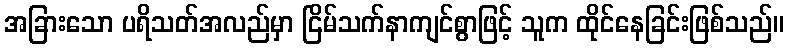
အခြားသော ပရိသတ်အလည်မှာ ငြိမ်သက်နာကျင်စွာဖြင့် သူက ထိုင်နေခြင်းဖြစ်သည်။